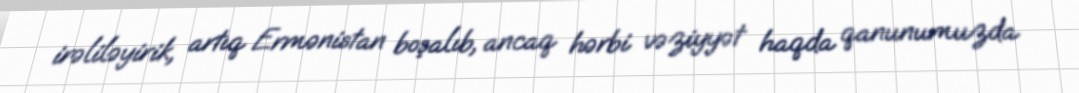
irəliləyirik, artıq Ermənistan boşalıb, ancaq hərbi vəziyyət haqda qanunumuzda